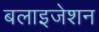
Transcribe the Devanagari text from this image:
बलाइजेशन